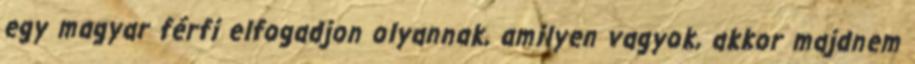
egy magyar férfi elfogadjon olyannak, amilyen vagyok, akkor majdnem